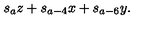
s _ { a } z + s _ { a - 4 } x + s _ { a - 6 } y .